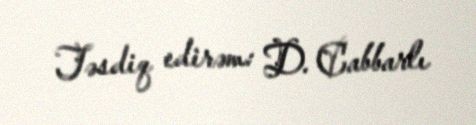
Təsdiq edirəm: D. Cabbarlı